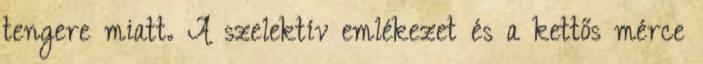
tengere miatt. A szelektív emlékezet és a kettős mérce